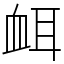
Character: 衈